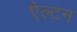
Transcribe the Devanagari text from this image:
ऐल्टन